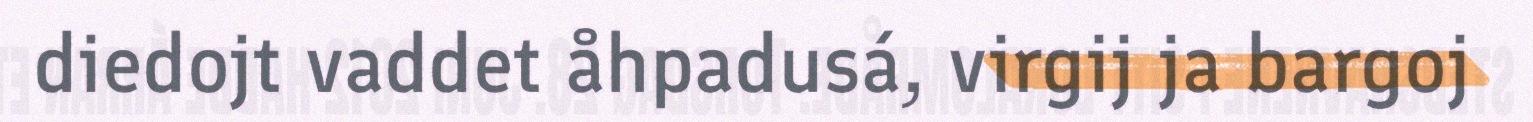
diedojt vaddet åhpadusá, virgij ja bargoj